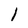
Character: 1